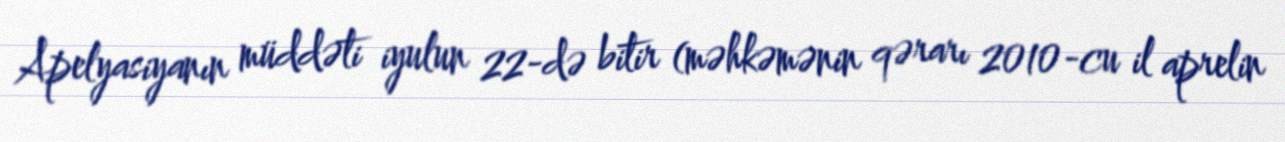
Apelyasiyanın müddəti iyulun 22-də bitir (məhkəmənin qərarı 2010-cu il aprelin